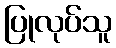
ပြုလုပ်သူ